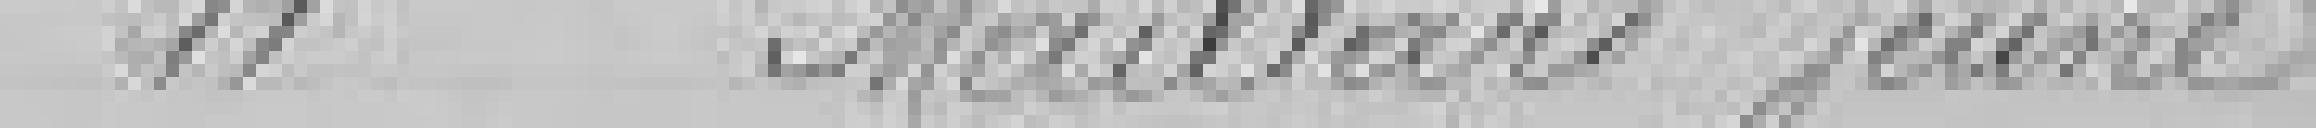
11 Maillard Jeune